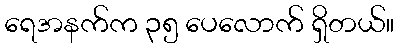
ရေအနက်က ၃၅ ပေလောက် ရှိတယ်။